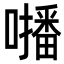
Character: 𡃓